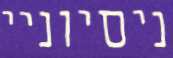
ניסיוניי